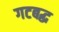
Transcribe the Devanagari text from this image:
गटबद्ध